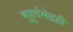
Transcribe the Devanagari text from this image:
मुहूर्तमेढही